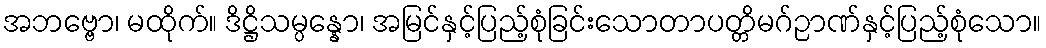
အဘဗ္ဗော၊ မထိုက်။ ဒိဋ္ဌိသမ္ပန္နော၊ အမြင်နှင့်ပြည့်စုံခြင်းသောတာပတ္တိမဂ်ဉာဏ်နှင့်ပြည့်စုံသော။